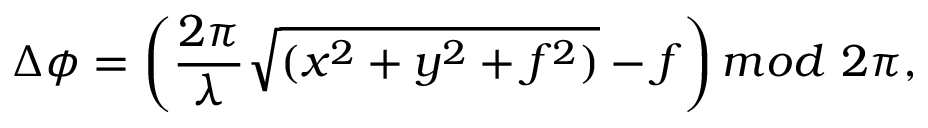
\Delta \phi = \left( \frac { 2 \pi } { \lambda } \sqrt { ( x ^ { 2 } + y ^ { 2 } + f ^ { 2 } ) } - f \right) m o d \ 2 \pi ,